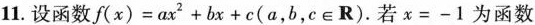
11.设函数$$f ( x ) = a x ^ { 2 } + b x + c$$(a，b，c∈R)。若$$x = - 1$$为函数